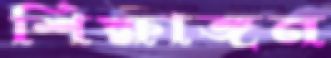
শিক্ষাঙ্গন